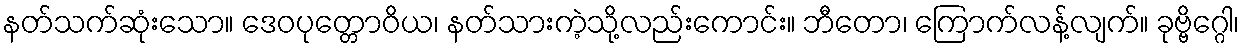
နတ်သက်ဆုံးသော။ ဒေဝပုတ္တောဝိယ၊ နတ်သားကဲ့သို့လည်းကောင်း။ ဘီတော၊ ကြောက်လန့်လျက်။ ခုဗ္ဗိဂ္ဂေါ၊